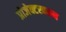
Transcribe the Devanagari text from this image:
प्रोजेक्टरवरून